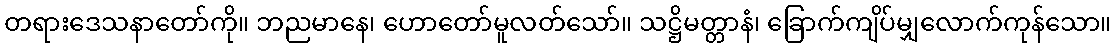
တရားဒေသနာတော်ကို။ ဘညမာနေ၊ ဟောတော်မူလတ်သော်။ သဋ္ဌိမတ္တာနံ၊ ခြောက်ကျိပ်မျှလောက်ကုန်သော။